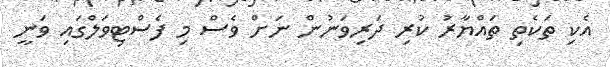
އެކި ތަކެތި ތައްޔާރު ކުރި ދަރިވަނުން ނަށް ވެސް މި ފެސްޓިވަލްގައި ވަނީ